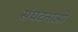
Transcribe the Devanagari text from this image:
संघटनाओ